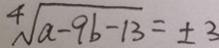
\sqrt [ 4 ] { a - 9 b - 1 3 } = \pm 3